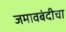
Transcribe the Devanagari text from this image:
जमावबंदीचा